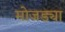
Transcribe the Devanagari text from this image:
मोजड्या